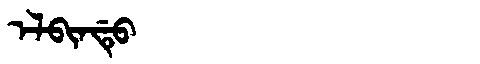
Manchu: ᡝᠯᠪᡳᠨᡩᡠ
Romanization: ELBINDU